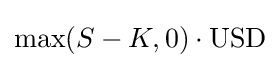
\max(S-K,0)\cdot {\text{USD}}